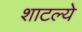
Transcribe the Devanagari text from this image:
शाटल्ये